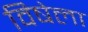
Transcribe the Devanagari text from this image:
विषेला